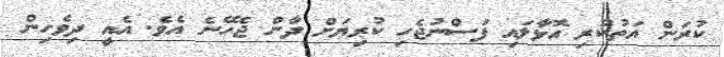
ކުރަން އަތުކުރި އޮޅާލައި ފަސްނުޖެހި ކުރިޔަށް ދާން ޖެހޭނެ އެވެ. އެއީ ދިވެހިން